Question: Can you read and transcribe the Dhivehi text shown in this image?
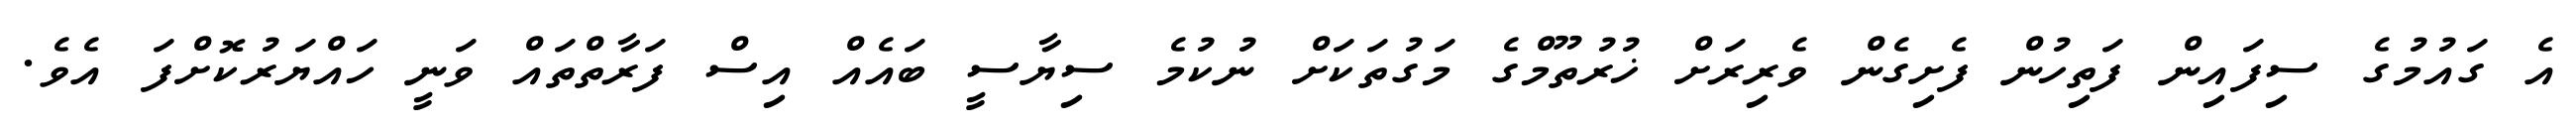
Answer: އެ ގައުމުގެ ސިފައިން ފަތިހުން ފެށިގެން ވެރިރަށް ޚުރުތޫމްގެ މަގުތަކަށް ނުކުމެ ސިޔާސީ ބައެއް އިސް ފަރާތްތައް ވަނީ ހައްޔަރުކޮށްފަ އެވެ.